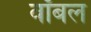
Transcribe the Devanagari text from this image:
वॉबल